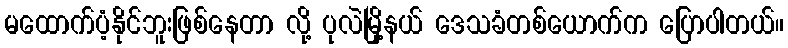
မထောက်ပံ့နိုင်ဘူးဖြစ်နေတာ လို့ ပုလဲမြို့နယ် ဒေသခံတစ်ယောက်က ပြောပါတယ်။